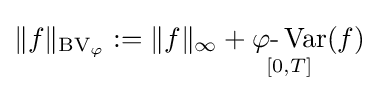
\|f\|_{\operatorname {BV} _{\varphi }}:=\|f\|_{\infty }+\mathop {\varphi {\text{-}}\operatorname {Var} } _{[0,T]}(f)